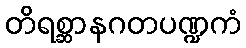
တိရစ္ဆာနဂတပဏ္ဍကံ